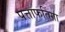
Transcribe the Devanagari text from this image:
पत्ताफतिंगा